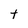
Character: t